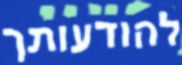
להודעותך